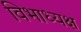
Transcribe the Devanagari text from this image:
विभाध्यक्ष